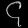
Digit: ၄